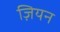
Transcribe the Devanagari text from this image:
ज़ियन